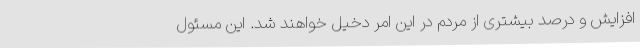
افزایش و درصد بیشتری از مردم در این امر دخیل خواهند شد. این مسئول